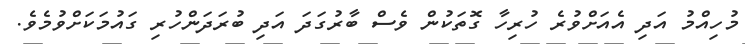
މުހިއްމު އަދި އެއަށްވުރެ ހުރިހާ ގޮތަކުން ވެސް ބާރުގަދަ އަދި ބުރަދަންހުރި ގައުމަކަށްވުމެވެ.